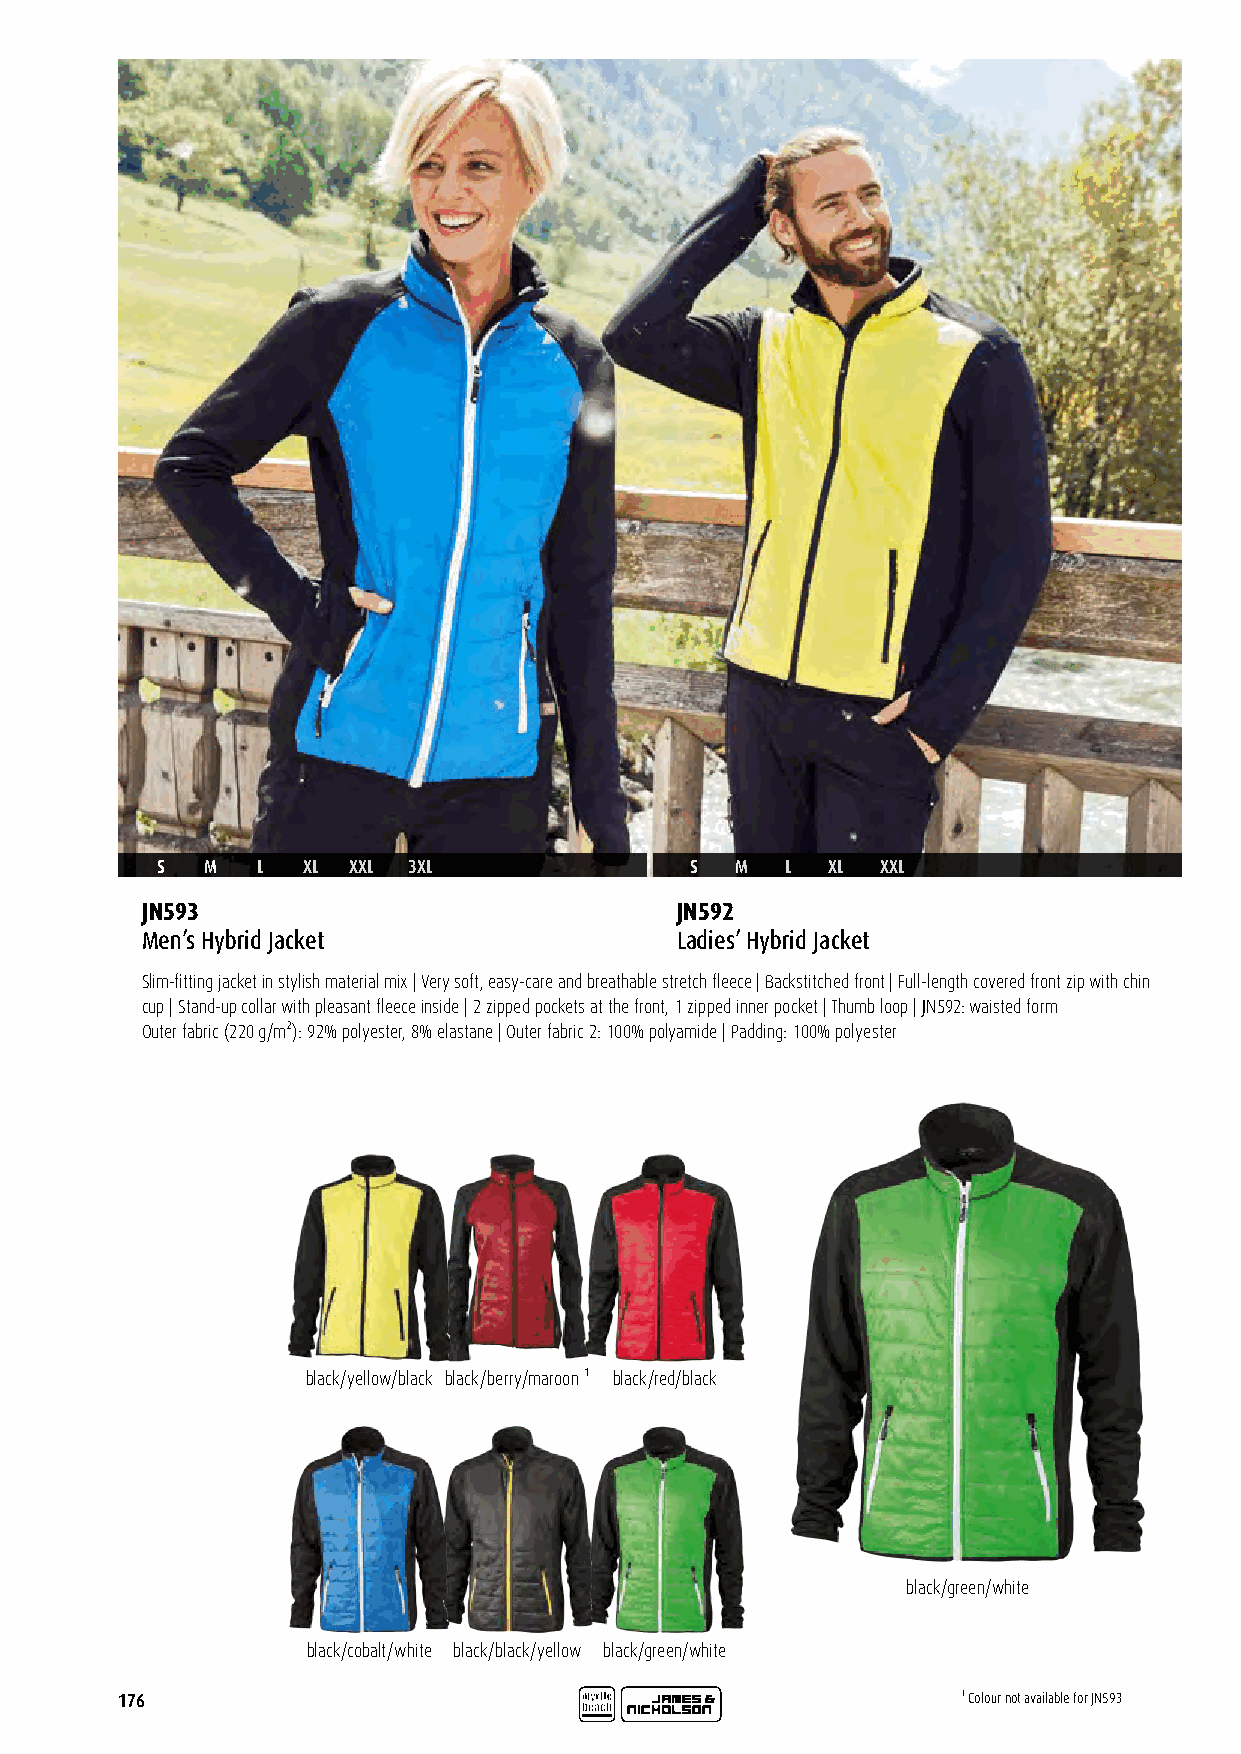
S   M  L  XL XXL 3XL                S  M  L  XL XXL
 JN593                               JN592
 Men’s Hybrid Jacket                 Ladies’ Hybrid Jacket
 Slim-fitting jacket in stylish material mix | Very soft, easy-care and breathable stretch fleece | Backstitched front | Full-length covered front zip with chin
 cup | Stand-up collar with pleasant fleece inside | 2 zipped pockets at the front, 1 zipped inner pocket | Thumb loop | JN592: waisted form
 Outer fabric (220 g/m²): 92% polyester, 8% elastane | Outer fabric 2: 100% polyamide | Padding: 100% polyester
 black/yellow/black black/berry/maroon ¹ black/red/black
 black/green/white
 black/cobalt/white black/black/yellow black/green/white
 176                                                     ¹ Colour not available for JN593